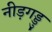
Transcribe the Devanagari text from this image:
नीड़गड्डु